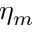
\eta _ { m }